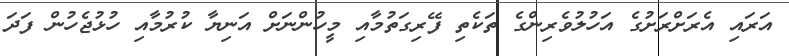
އަރައި އެރަށްރަށުގެ އަހުލުވެރިންގެ ތަކެތި ފޭރިގަތުމާއި މީހުންނަށް އަނިޔާ ކުރުމާއި ހުޅުޖެހުން ފަދަ